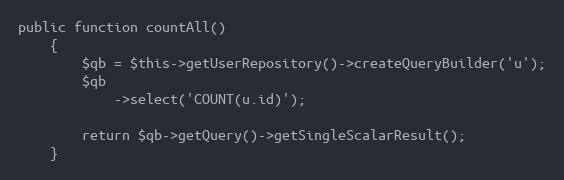
Language: PHP
public function countAll()
    {
        $qb = $this->getUserRepository()->createQueryBuilder('u');
        $qb
            ->select('COUNT(u.id)');

        return $qb->getQuery()->getSingleScalarResult();
    }